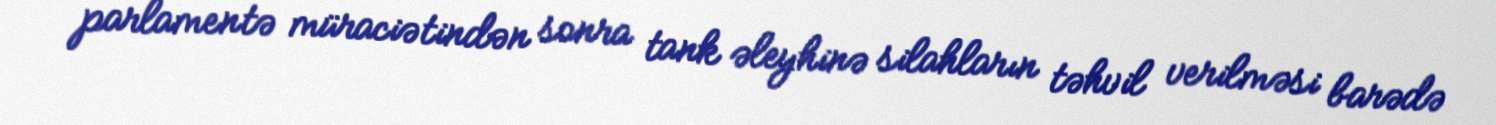
parlamentə müraciətindən sonra tank əleyhinə silahların təhvil verilməsi barədə